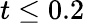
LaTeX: t\leq 0.2